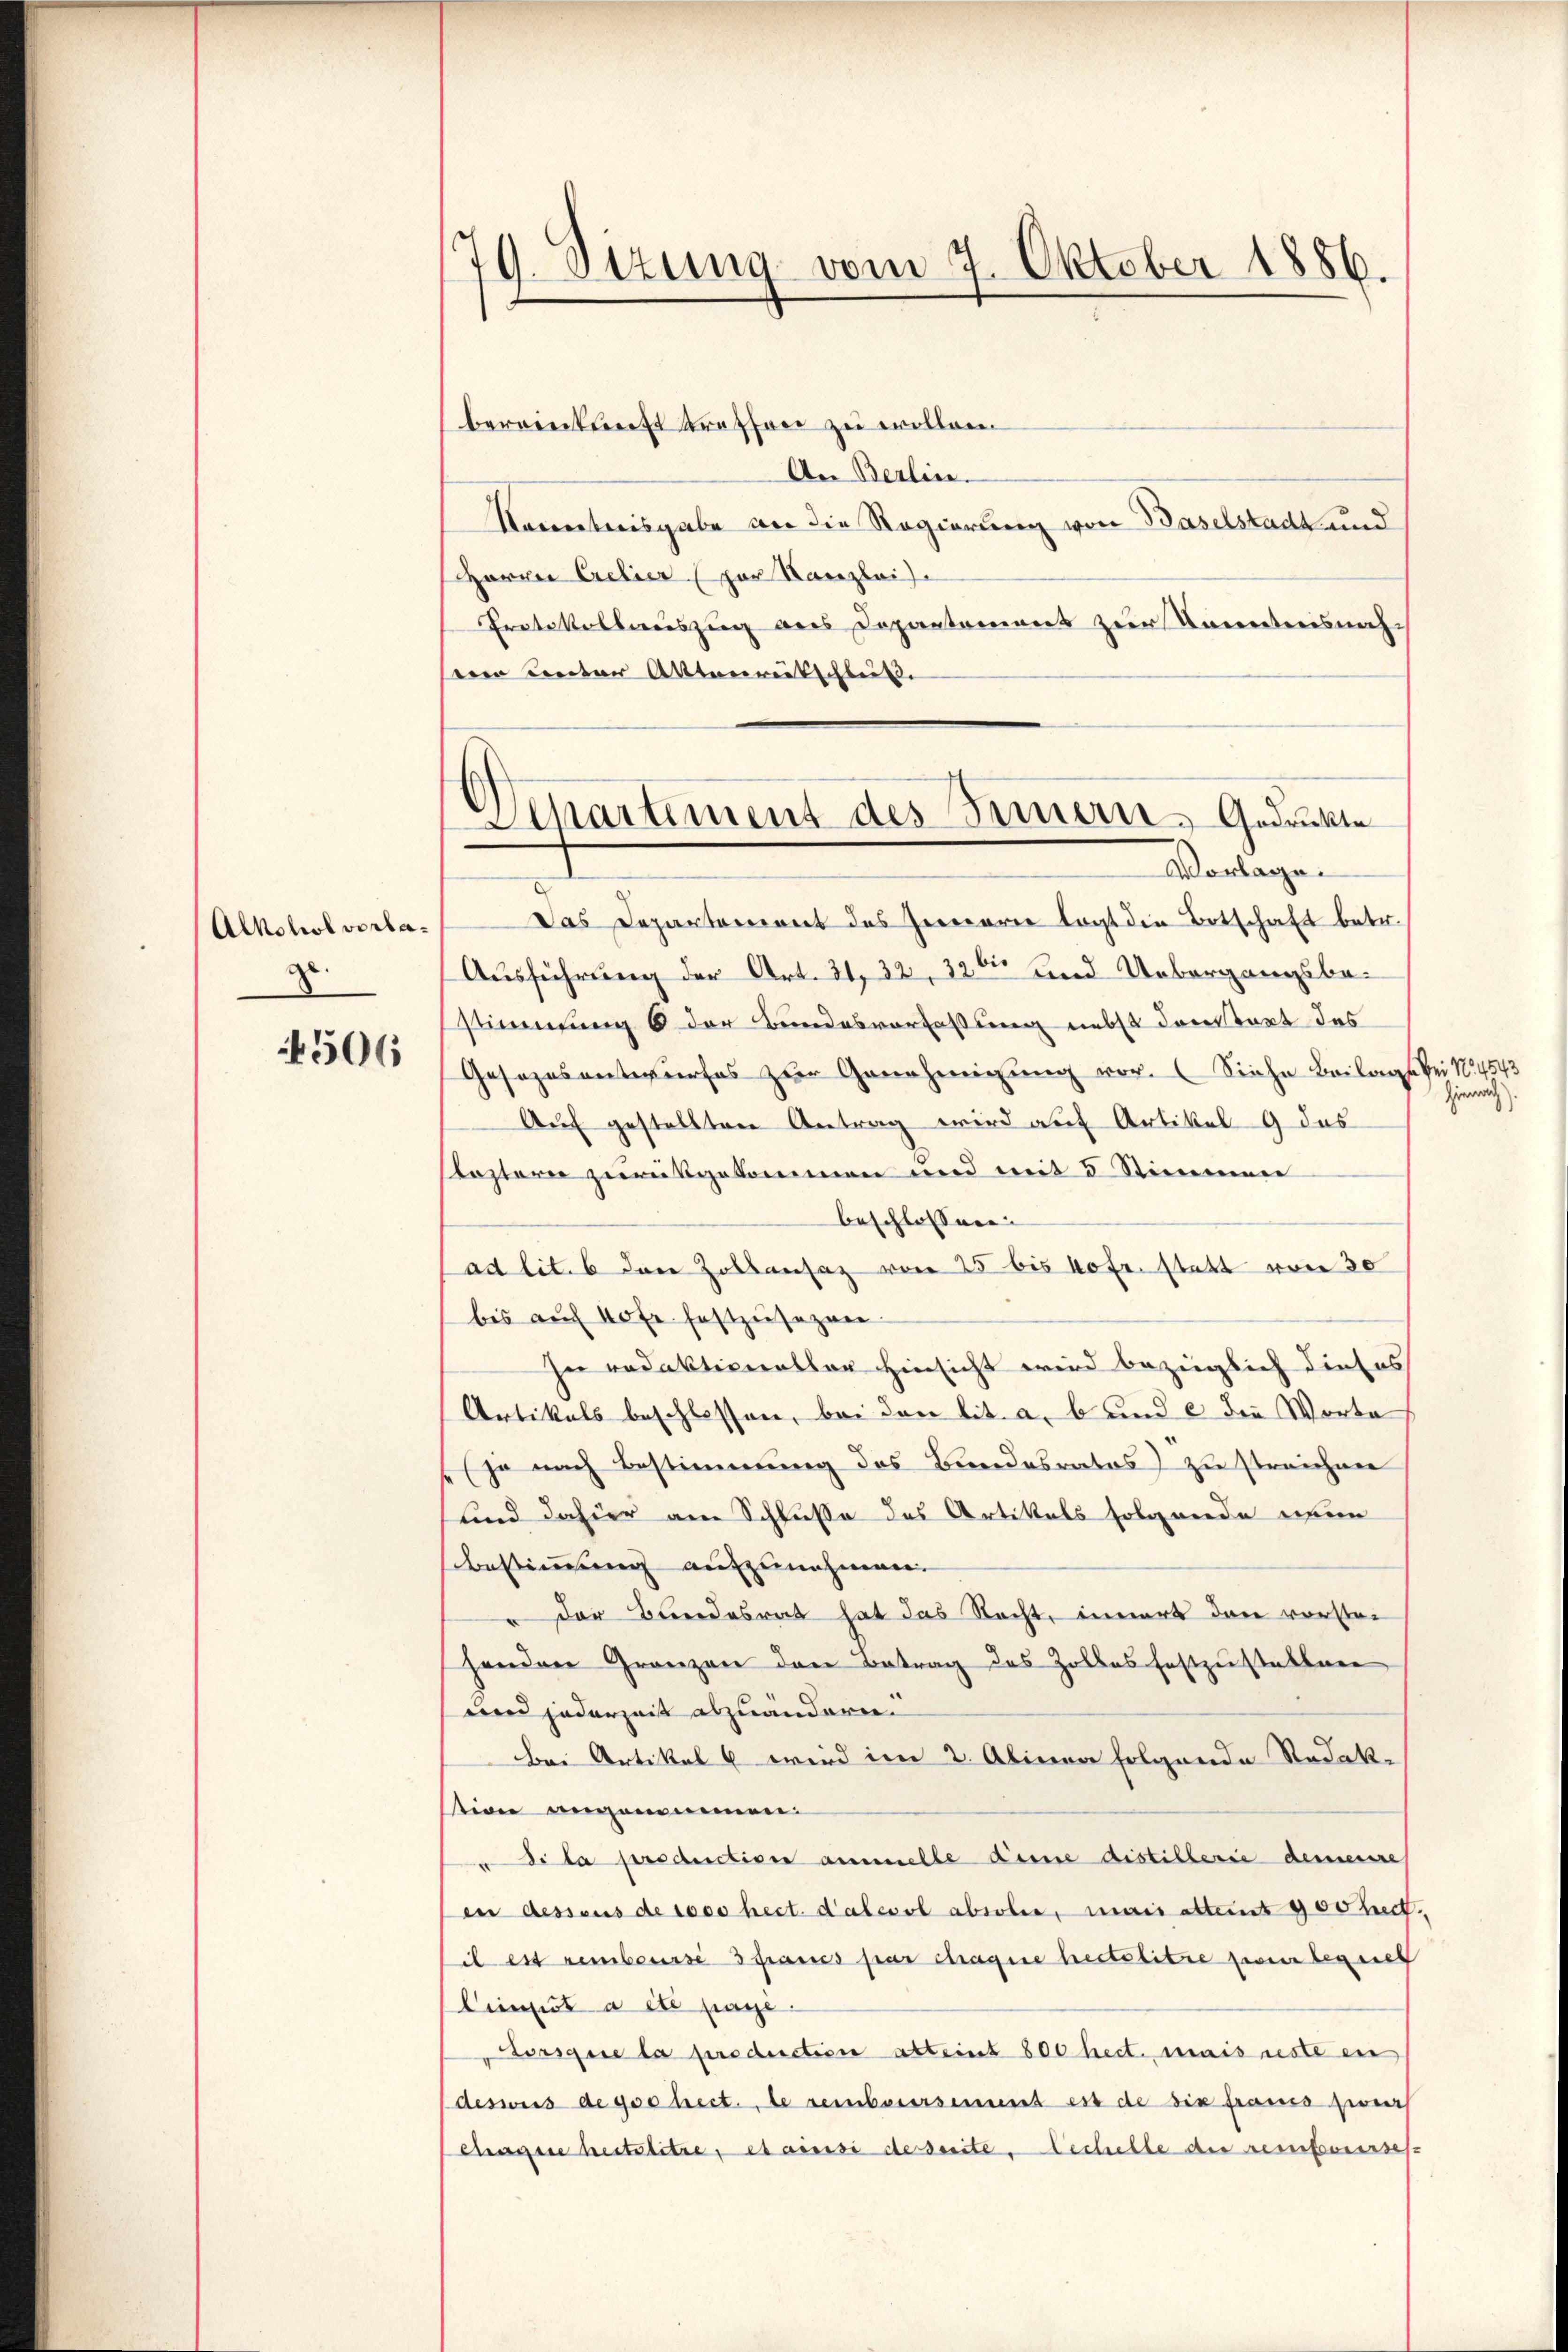
Alkohol vorlage.
4506

79. Sizung vom 7. Oktober 1886.

bereinkunft treffen zu wollen.
An Berlin.
Narrentreisgabe an die Regierung von Baselstadt und
Horen Cretier zur Kanzlei
Protokollauszug des Departement zur Kenntnisnahseien unter Aktenrentschleiß
Das Departement des Gerecarie legt die Botschaft betr.
Ausführung der Art. 31. 32, 32ten und Uebergangsbestimmung 6 der Bundesverfassung nebst danstant des
Gesezesentwŭrfes zŭr Genehmigung vor. (Siehe Beilage bei No 4543
Auf gestellten Antrag wird auf Artikel 9 das
Reztern zurükgekommen und mit 5 Stimmen
beschlossen |
ad lit. 6 den Zollansaz von 25 bis hofr. statt von 30
bis auf 40 fr. festzŭsezen.
hn redaktionaller Hinsicht wird bezeiglich dieses
Artikals beschlossen, bei den lit. a, b und e die Worte
(je nach Bestimmung des Bundesrates) zu streichen
und dahier am Schlusse des Artikels folgende neue
Bestimmung aufzunehmen.
" der Bundesrat hat das Nacht, innert dann vorster
handere Granzen den Betrag des Zolles festzŭstellen
und jederzeit abzuändern.
Bei Artikel 6 wird im 2. Alinea folgende Redak-
sion angenommen.
di la production ammelle Deine distillerie demeure
en dessens de 1000 hect. Calcol absolen, mais attert 900 bet
il es rembourse 3 Francs par chaque bestelitre pour begref
Cipist a été paye
Lorsque la production abteint 800 hect. mais reste ein
desweis de gehect. de reinbarersement es de die fraus zwa
chagene heitslitre, et ainsi de serite. Bechelle der rembourses

Separtement des Innern, Gedrückte
Vorlage.

Hienaich).